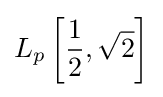
L_{p}\left[{\frac {1}{2}},{\sqrt {2}}\right]